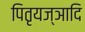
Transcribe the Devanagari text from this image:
पितृयज्ञादि